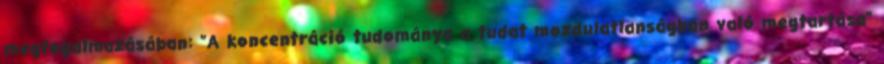
megfogalmazásában: "A koncentráció tudománya a tudat mozdulatlanságban való megtartása"